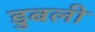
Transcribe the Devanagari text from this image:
डुबली